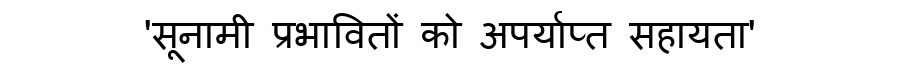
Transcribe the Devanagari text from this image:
'सूनामी प्रभावितों को अपर्याप्त सहायता'